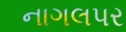
નાગલપર